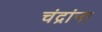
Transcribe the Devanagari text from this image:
चंद्रांना